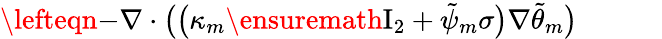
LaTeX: \begin{array}{rl}{\lefteqn{-\nabla\cdot\bigl(\bigl(\kappa_{m}\ensuremath{\mathrm{I}_{2}}+\tilde{\psi}_{m}\sigma\bigr)\nabla\tilde{\theta}_{m}\bigr)}\qquad}&{{}}\end{array}